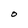
Character: O